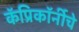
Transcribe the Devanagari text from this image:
कॅप्रिकॉर्नीचे